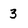
Character: 3